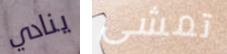
ينادي تمشى